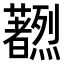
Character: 𫊔